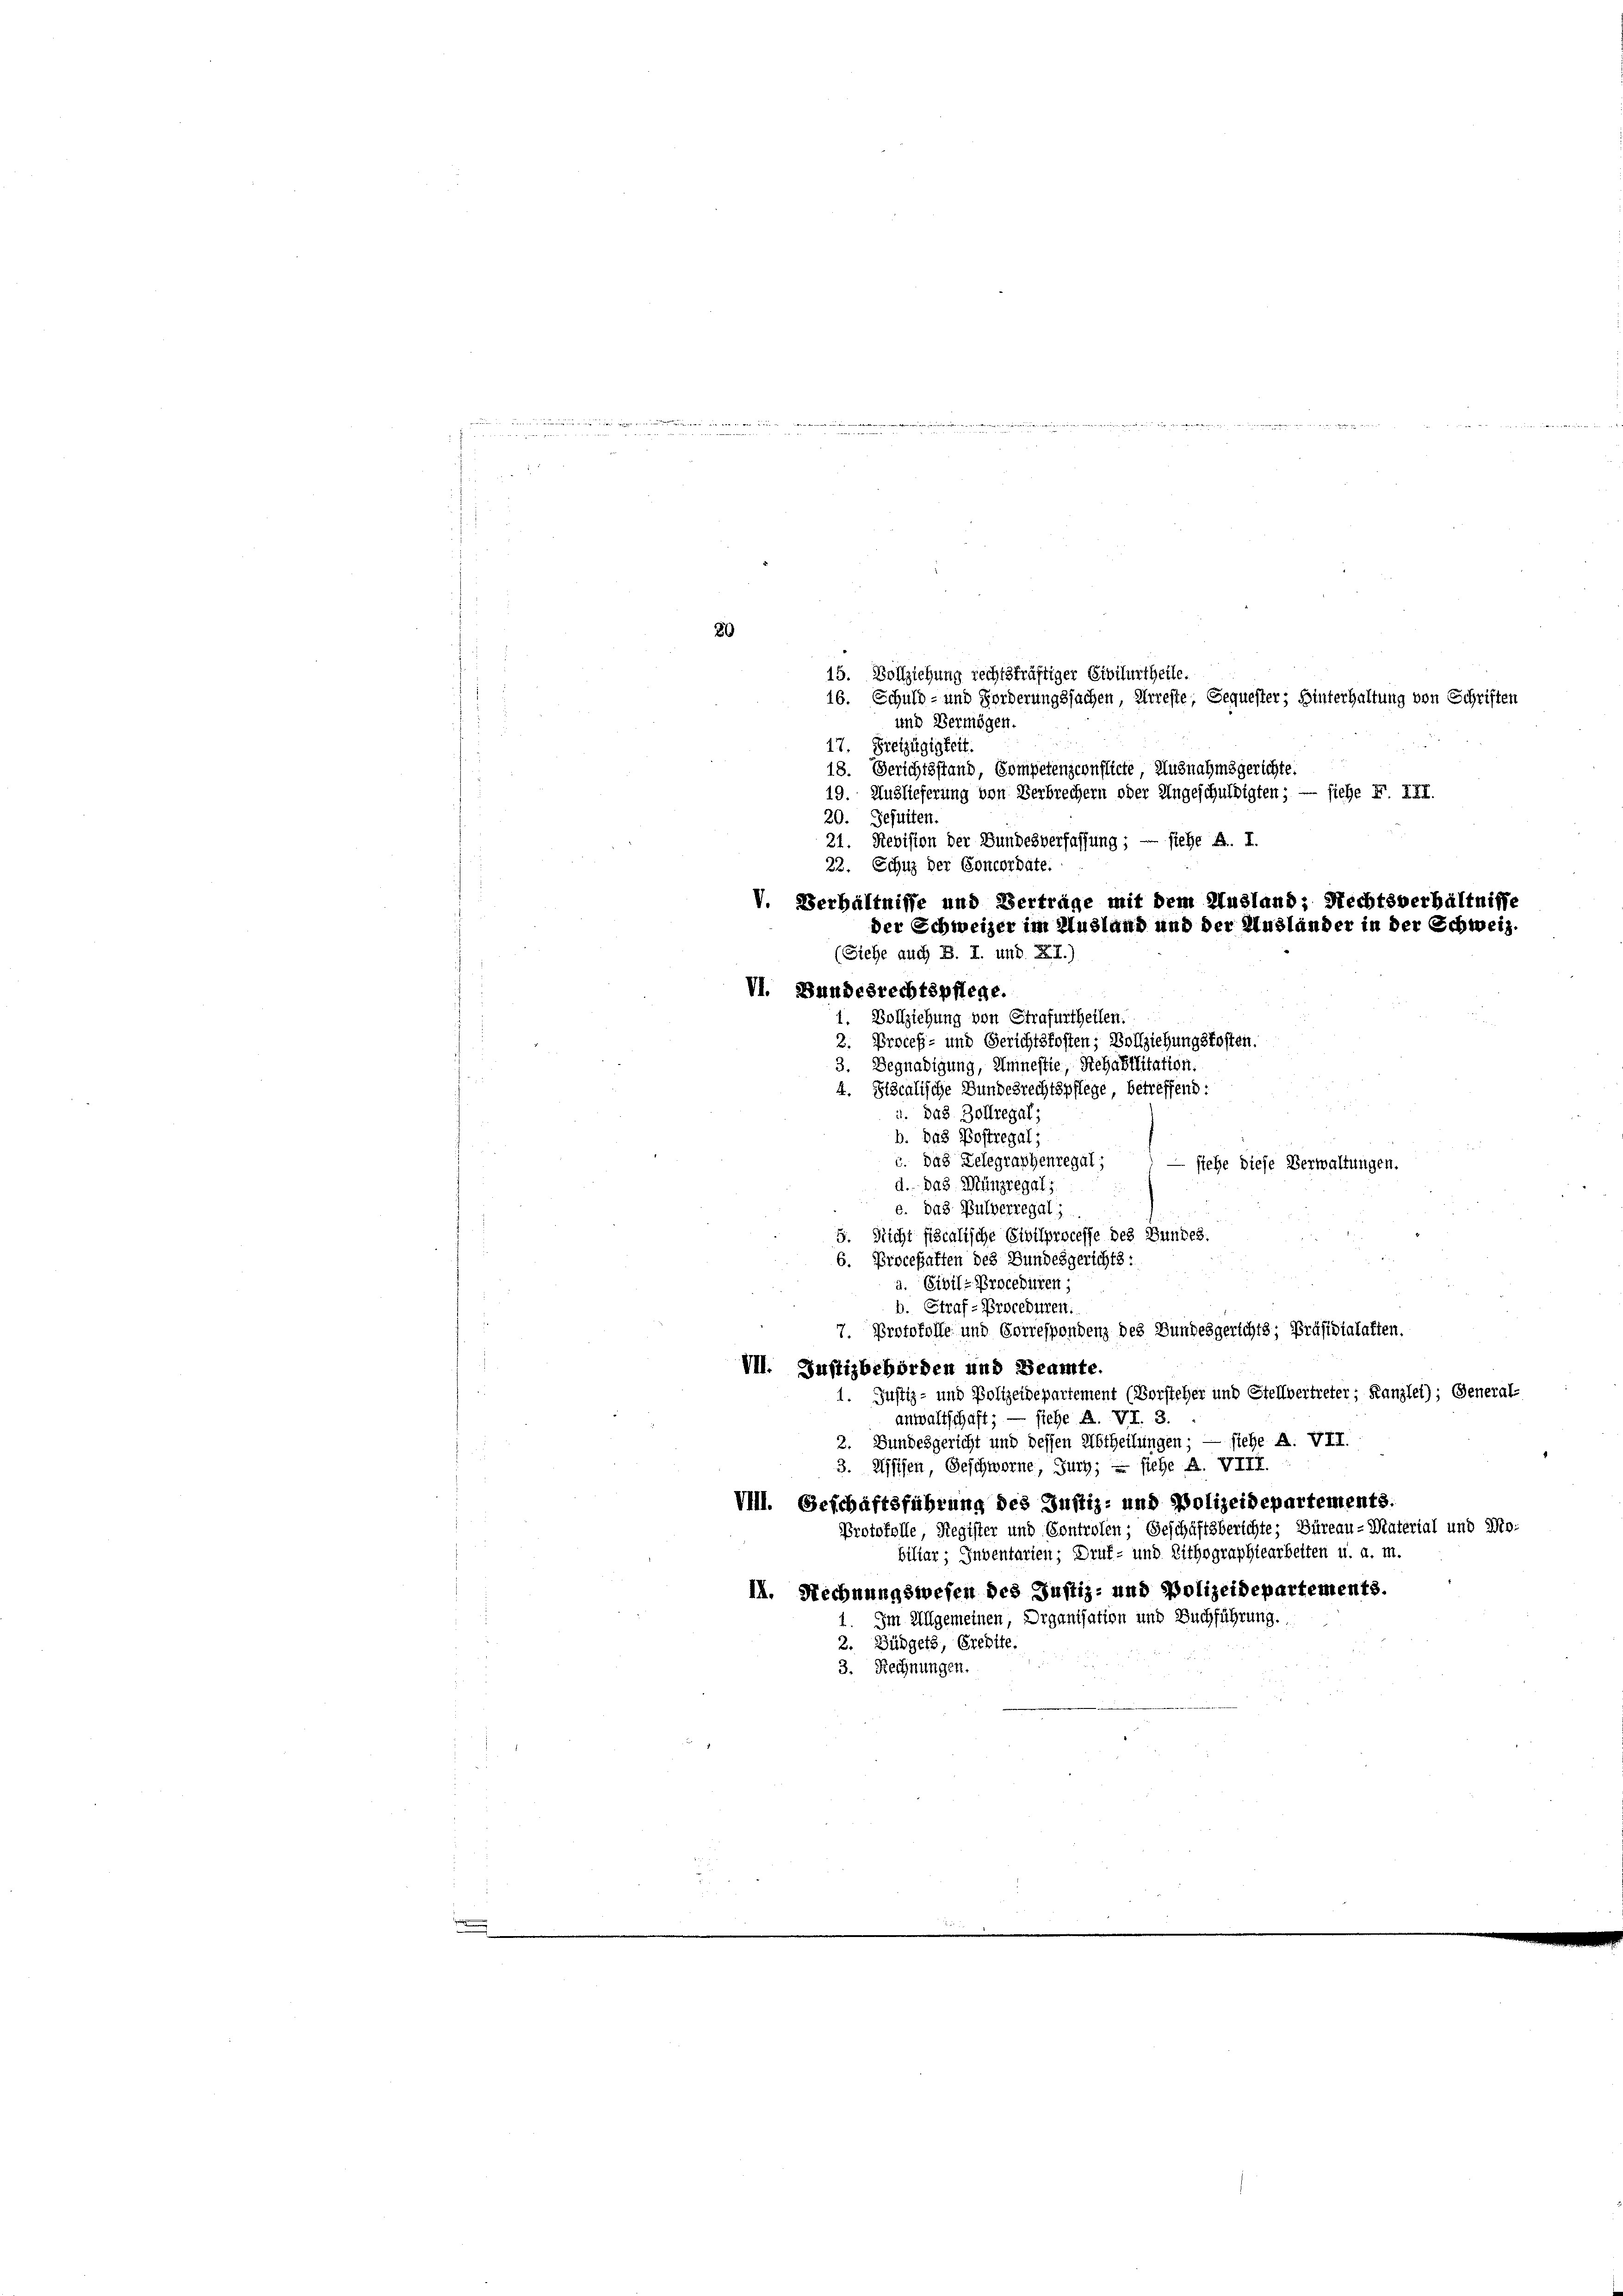
die in die

15. Vollziehung rechtskräftiger Civilurtheile.
16. Schuld- und Forderungssachen, Arreste, Sequester; Hinterhaltung von Schriften
und Vermögen
17. Freizügigkeit.
18. Gerichtsstand, Competensconfliche, Ausnahmsgerichte.
19. Auslieferung von Verbrechern oder Ungeschuldigten; — siehe F. III.
20. Jesuiten.
21. Revision der Bundesverfassung ; — siehe B. I.
22. Schuz der Concordate.
(Siehe auch B. I. und XII.)
VI. Bundesrechtspflege.
1. Vollziehung von Strafurtheilen.
Proceß- und Gerichtskosten; Vollziehungskosten.
2.
3. Begnadigung, Amnestie, Rehabilitation.
4. Hiscalische Bundesrechtspflege, betreffend:
i. Das Zollregal;
b. Das Postregal;
c. das Telegraphenregal;
stehe diese Verwaltungen.
d. Das Münzregals
e. Das Pulverregal;
5. Nicht fiscalische Civilprocesse des Bundes.
6. Procesalten des Bundesgerichts:
a. Civil-Proceduren;
b. Straf-Proceduren.
7. Protokolle und Correspondenz des Bundesgerichts; Präsidialatten.
VII. Justizbehörden und Beamte.
1. Justiz- und Polizeidepartement (Vorsteher und Stellvertreter; Kanzlei); General-
anwaltschaft; — siehe A. VI. 3.
2. Bundesgericht und dessen Abtheilungen; — siehe A. VII.
3. Uffifen, Geschworne, Juch; — siche A. VIII.
VIll. Geschäftsführung des Justiz- und Polizeidepartements.
Protokolle, Register und Controlen; Geschäftsberichte; Büreau-Material und Mobiliar; Inventarien; Druf- und Lithographiearbeiten u. a. m.
II. Rechnungswesen des Justiz- und Polizeidepartements.
Im Allgemeinen, Organisation und Buchführung.
2. Büdgets, Credite.
3. Rechnungen.

20

was in der angen

V. Verhältnisse und Vertrage mit dem Ausland; Rechtsverhältnisse
der Schweizer im Ausland und der Ausländer in der Schweiz.

wigt sich den